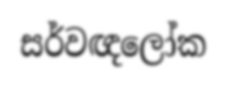
සර්වඥලෝක